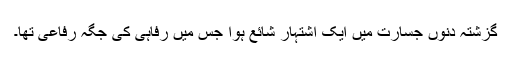
گزشتہ دنوں جسارت میں ایک اشتہار شائع ہوا جس میں رفاہی کی جگہ رفاعی تھا۔